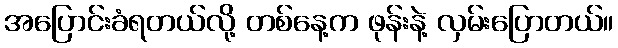
အပြောင်းခံရတယ်လို့ တစ်နေ့က ဖုန်းနဲ့ လှမ်းပြောတယ်။